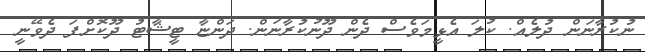
ނުކުރާނަން ދުލެއް. ކުލަ އެޅީމަވެސް ދެން ދޫނުކުރާނަން. ދަންޏާ ޓީޝާޓު ދޫކޮށްފަ ދެވޭނީ